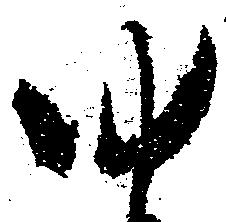
ゆ